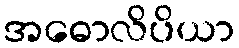
အဓောလိပိယာ